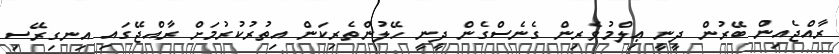
ރާއްޖެއިން ބޭރުން ދީނީ ޢިލްމުވެރިން ގެނެސްގެން ދީނީ ހޭލުންތެރިކަން އިތުރުކުރުމަށް ރާއްޖޭގައި އިނގިރޭސި